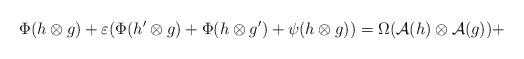
LaTeX: \begin{align*}\Phi(h\otimes g)+\varepsilon(\Phi(h^{\prime}\otimes g)+\Phi(h\otimes g^{\prime})+\psi(h\otimes g))=\Omega(\mathcal{A}(h)\otimes\mathcal{A}(g))+\end{align*}